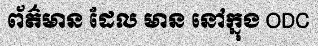
ព័ត៌មាន ដែល មាន នៅក្នុង ODC